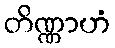
တိဏ္ဏာဟံ